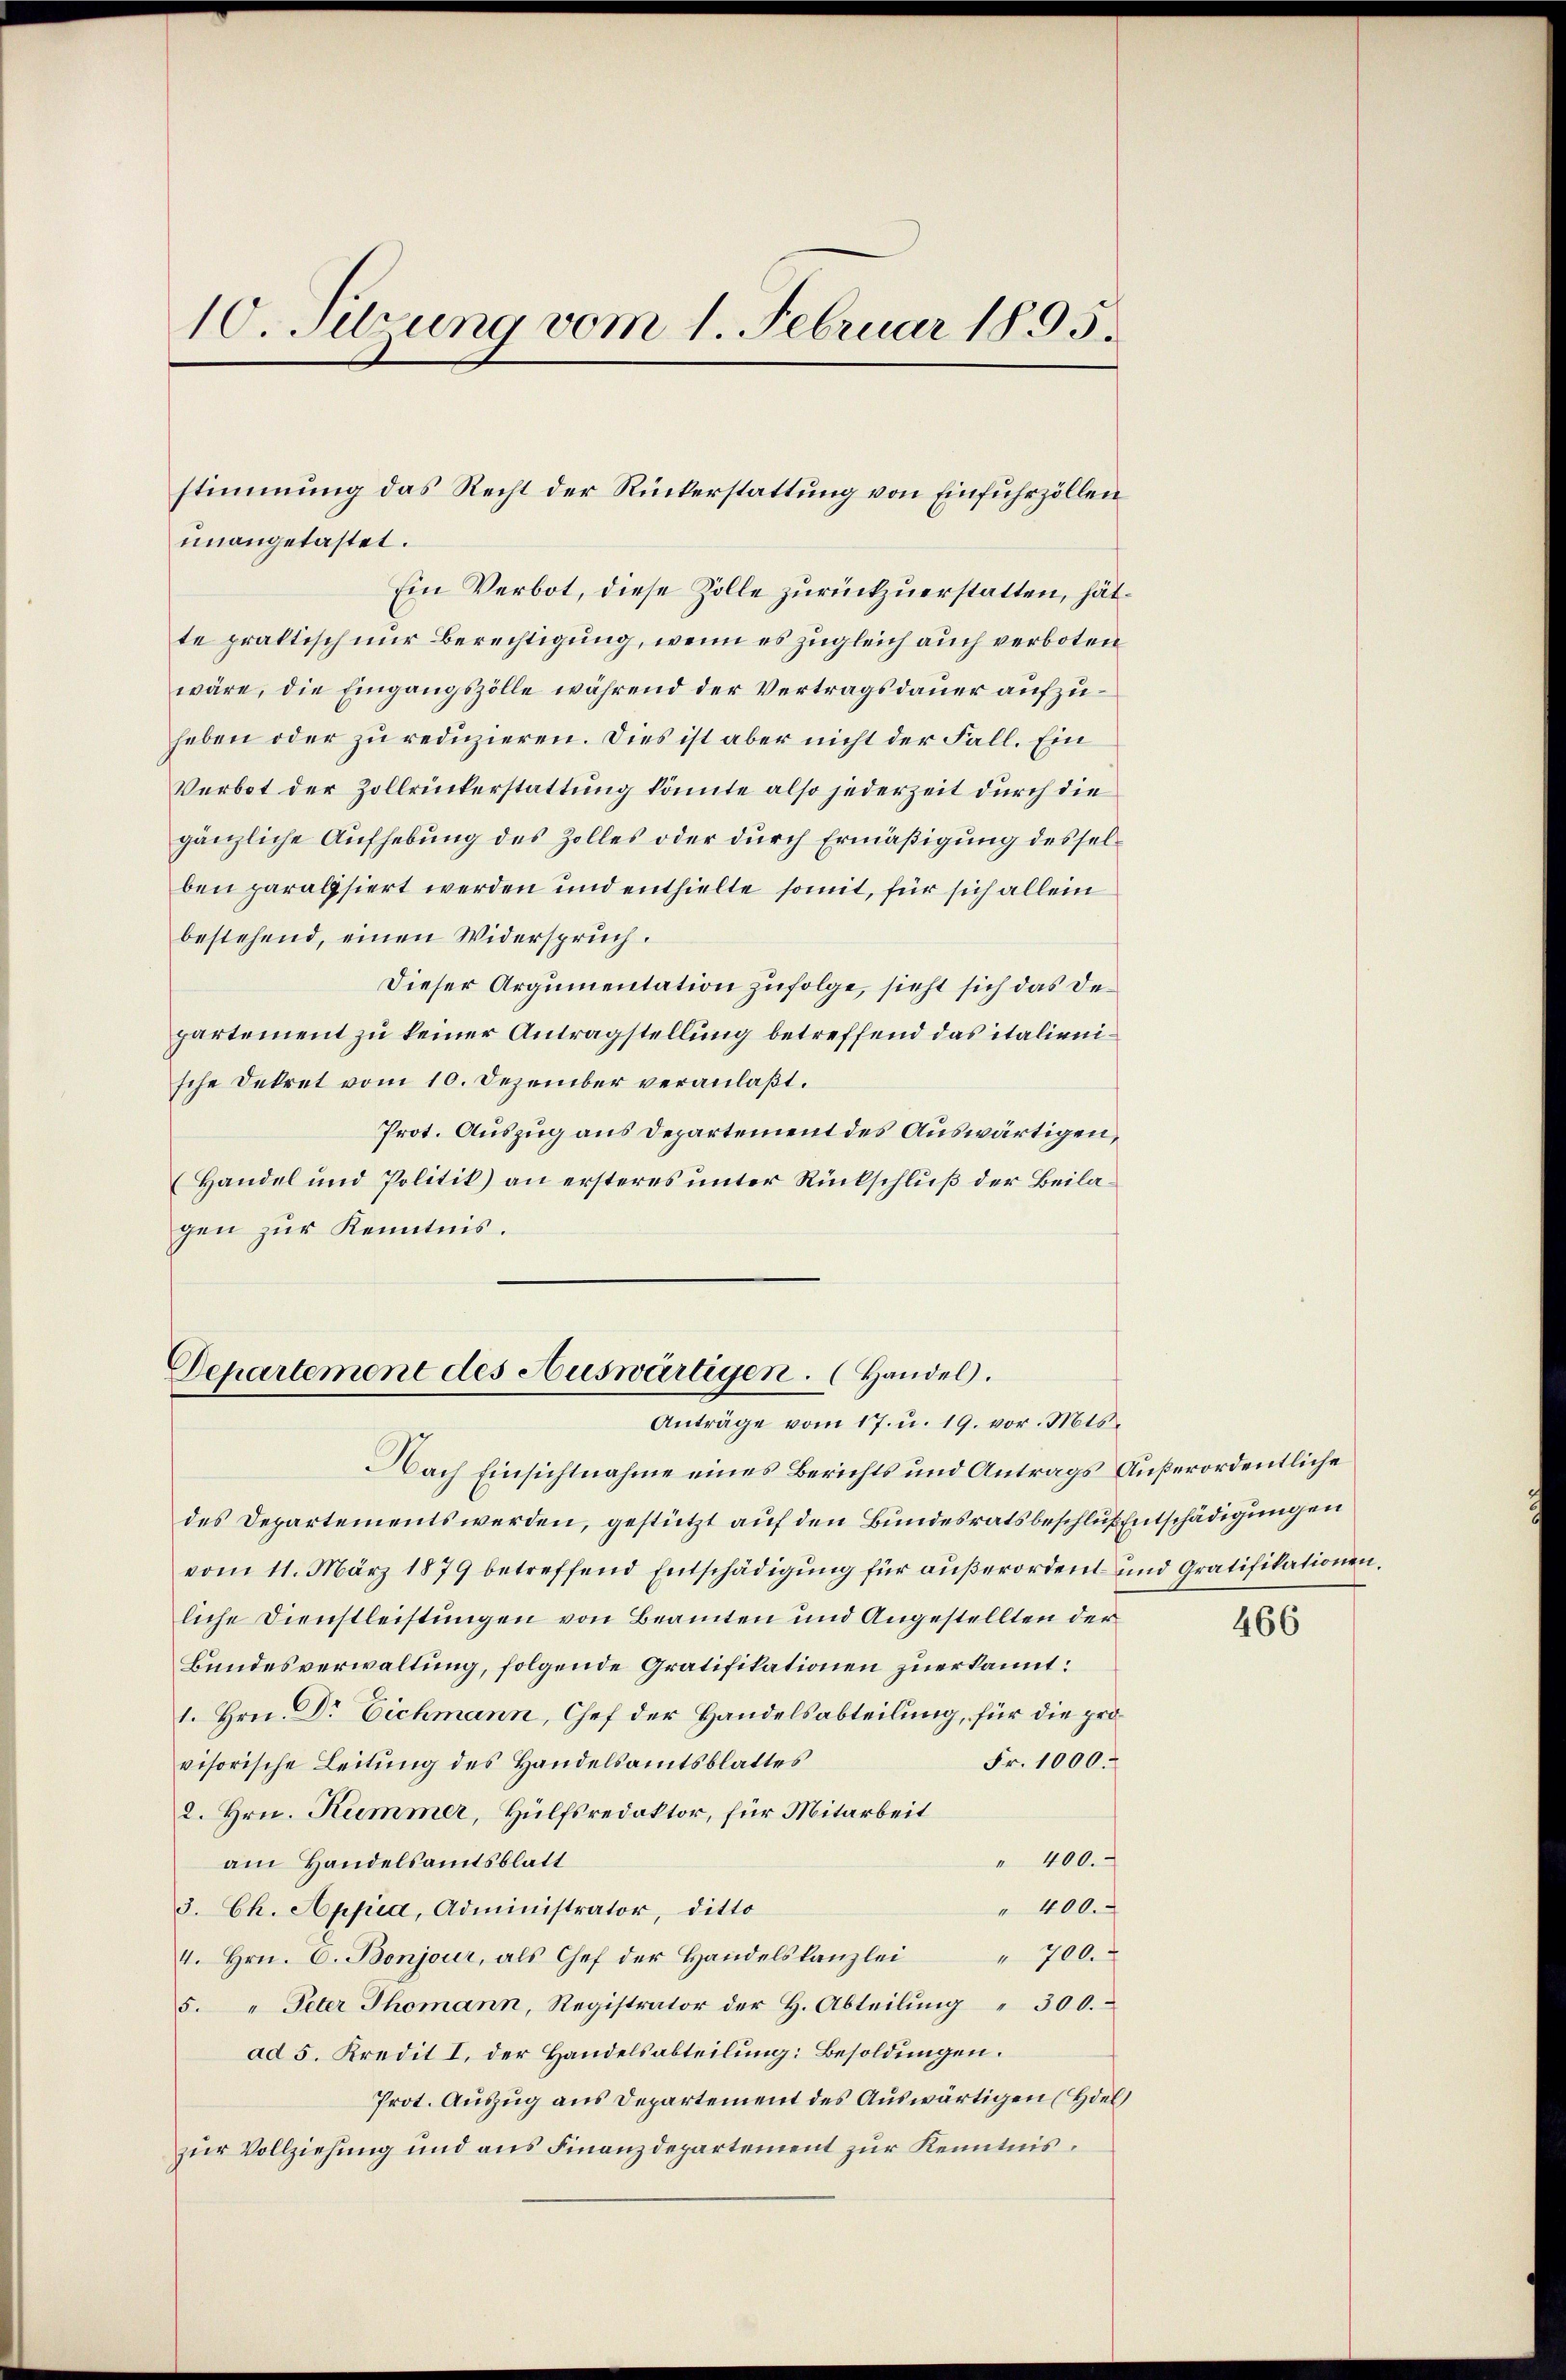
10. Setzung vom 1. Februar 1895.

unangetastet.
Ein Verbot, diese Zolle zurückzuerstatten, hätte praktisch nur Berechtigung, wenn es zugleich auch verboten
wäre, die Eingangszölle während der Vertragsdauer aufzuheben oder zu reduzieren. Dies ist aber nicht der Fall. Ein
Verbot der Zollrückerstattung könnte also jederzeit durch die
gänzliche Aufhebung des Zolles oder durch Ermäßigung desselben paralysiert werden und enthielte somit, für sich allein
bestehend, einen Widerspruch.
Dieser Argumentation zufolge, sieht sich das Departement zu keiner Antragstellung betreffend das italienische Dekret vom 10. Dezember veranlaßt.
Prot. Auszug aus Departement des Auswärtigen,
Handel und Politik) an ersteres unter Rückschluß der Beilagen zur Kenntnis.

stimmung das Recht der Rückerstattung von Einfuhrzöllen

Departement des Auswärtigen. (Handel.
Anträge vom 17. u. 19. vor. Mts.

Nach Einsichtnahme eines Berichts und Antrags Außerordentliche
des Departements werden, gestützt auf den Bundesratsbeschluß Entschädigungen
vom 11. März 1879 betreffend Entschädigung für außerorden und Gratifikationen,
liche Dienstleistungen von Beamten und Angestellten der
Bundesverwaltung, folgende Gratifikationen zuerkannt:
1. Hrn. Dr Eichmann, Chef der Handelsabteilung, für die pro¬
Fr. 1000.
visorische Leitung des Handelsamtsblattes
2. Hrn. Kummer, Hülfsredaktor, für Mitarbeit
" 400.
am Handelsamtsblatt
3. Ch. Appia, Administrator, ditto
" 400.
4. Hrn. C. Bonjour, als Chef der Handelskanzlei " 700.
5. " Peter Thomann, Registrator der H. Abteilung " 300.
ad 5. Kredit I. der Handelsabteilung: Besoldungen.
Prot. Auszug aus Departement des Auswärtigen (Hil
zur Vollziehung und aus Finanzdepartement zur Kenntnis,

466